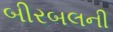
બીરબલની